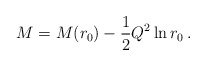
\begin{align*}M=M(r_{0})-\frac{1}{2}Q^{2}\ln r_{0}\,. \end{align*}